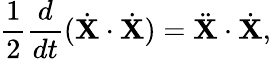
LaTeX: {\frac{1}{2}}{\frac{d}{dt}}({\dot{\mathbf{X}}}\cdot{\dot{\mathbf{X}}})={\ddot{\mathbf{X}}}\cdot{\dot{\mathbf{X}}},